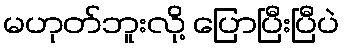
မဟုတ်ဘူးလို့ ပြောပြီးပြီပဲ